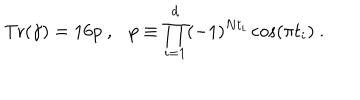
LaTeX: { \mathrm { T r } } ( \gamma ) = 1 6 p ~ , p \equiv \prod _ { i = 1 } ^ { d } ( - 1 ) ^ { N t _ { i } } \cos ( \pi t _ { i } ) ~ .